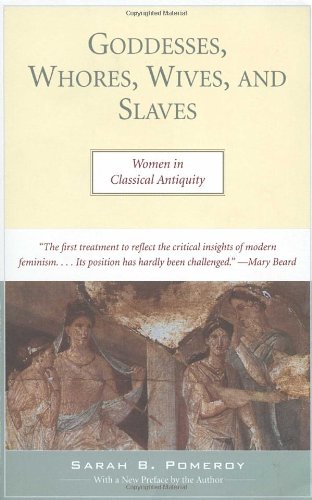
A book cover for Goddesses, Whores, Wives, and Slaves: Women in Classical Antiquity; Sarah Pomeroy; History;